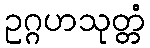
ဥဂ္ဂဟသုတ္တံ